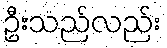
ဦးသည်လည်း